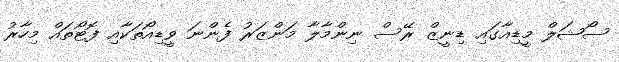
ސޯޝަލް މީޑިއާގައި ޑިނީޒް ރޭސް ނިންމާލާ މަންޒަރު ފެންނަ ވީޑިއޯތަކާއި ފޮޓޯތައް މިހާރު